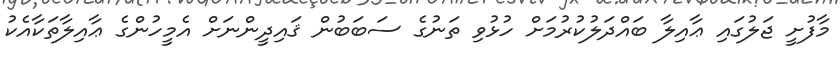
މާފުށީ ޖަލުގައި ޢާއިލާ ބައްދަލުކުރުމަށް ހުޅުވި ތަނުގެ ސަބަބުން ޤައިދީންނަށް އެމީހުންގެ ޢާއިލާތަކާއެކު